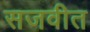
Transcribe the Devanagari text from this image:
सजवीत